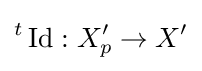
{}^{t}\operatorname {Id} :X_{p}^{\prime }\to X^{\prime }